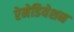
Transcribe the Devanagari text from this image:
रेमेडियेशन